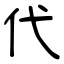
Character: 代